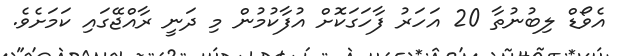
އެވޯޑް ލިބުނުތާ 20 އަހަރު ފާހަގަކޮށް އުފާކުމުން މި ދަނީ ރާއްޖޭގައި ކަމަށެވެ.